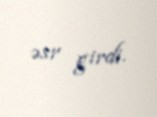
əsr girdi.